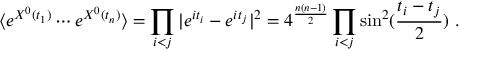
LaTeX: \langle e ^ { X ^ { 0 } ( t _ { 1 } ) } \cdots e ^ { X ^ { 0 } ( t _ { n } ) } \rangle = \prod _ { i < j } | e ^ { i t _ { i } } - e ^ { i t _ { j } } | ^ { 2 } = 4 ^ { \frac { n ( n - 1 ) } { 2 } } \prod _ { i < j } \sin ^ { 2 } ( { \frac { t _ { i } - t _ { j } } { 2 } } ) ~ .